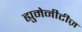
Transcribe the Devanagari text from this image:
ह्युमेनीटीज़